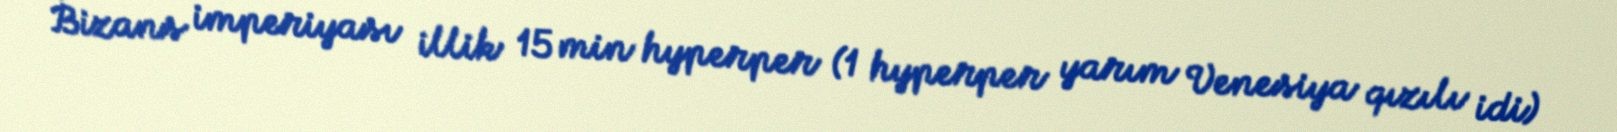
Bizans imperiyası illik 15 min hyperper (1 hyperper yarım Venesiya qızılı idi)